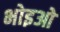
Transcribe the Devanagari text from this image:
भोइओ